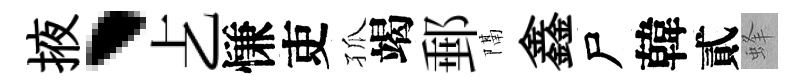
掖、𠧒慊吏孤竭郵隔鑫尸韓貳蜂